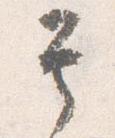
其